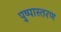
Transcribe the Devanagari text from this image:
पुष्पास्तरण